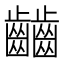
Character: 𪙹